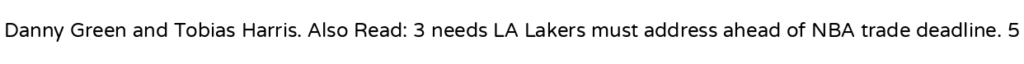
Danny Green and Tobias Harris. Also Read: 3 needs LA Lakers must address ahead of NBA trade deadline. 5